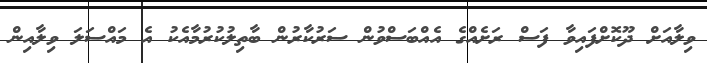
ވިލާއަށް ދޫކޮށްފައިވާ ފަސް ރަށެއްގެ އެއްބަސްވުން ސަރުކާރުން ބާތިލުކުރުމާއެކު އެ މައްސަލަ ވިލާއިން